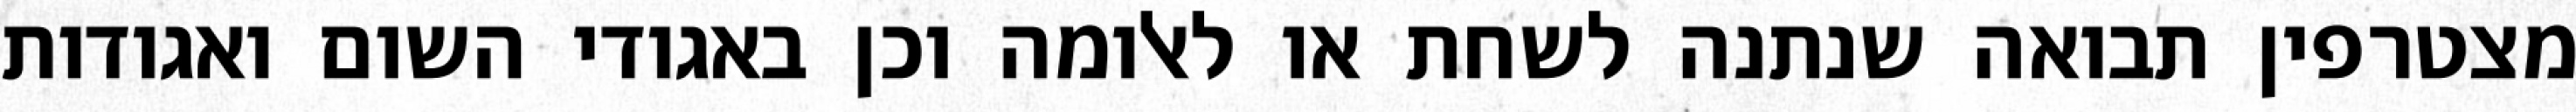
מצטרפין תבואה שנתנה לשחת או לאלומה וכן באגודי השום ואגודות